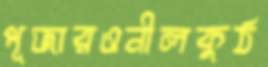
পূজারওনীলকুঠ